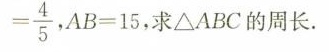
= \frac{ 4 }{ 5 }$$，$$ A B = 1 5$$，求△ABC的周长。